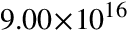
9 . 0 0 \! \times \! 1 0 ^ { 1 6 }